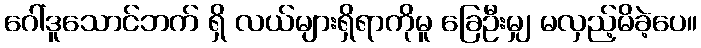
ဂေါ်ဒူသောင်ဘက် ရှိ လယ်များရှိရာကိုမူ ခြေဦးမျှ မလှည့်မိခဲ့ပေ။